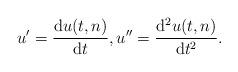
LaTeX: \begin{align*}u'=\frac{\operatorname{d}\! u(t,n)}{\operatorname{d}\! t},u''=\frac{\operatorname{d}\!^2 u(t,n)}{\operatorname{d}\! t^2}.\end{align*}